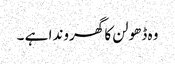
وہ ڈھولن کا گھروندا ہے ۔